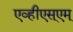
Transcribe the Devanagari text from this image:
एव्हीएस्एम्